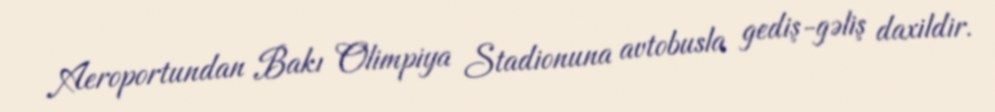
Aeroportundan Bakı Olimpiya Stadionuna avtobusla gediş-gəliş daxildir.